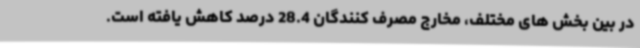
در بین بخش های مختلف، مخارج مصرف کنندگان 28.4 درصد کاهش یافته است.